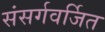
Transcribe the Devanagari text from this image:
संसर्गवर्जित